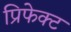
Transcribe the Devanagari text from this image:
प्रिफेक्ट